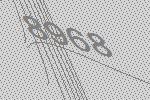
8968